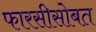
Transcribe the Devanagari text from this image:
फारसीसोबत